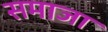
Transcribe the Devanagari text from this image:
समाजा